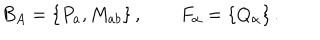
B _ { A } = \{ P _ { a } , M _ { a b } \} \, , \qquad F _ { \alpha } = \{ Q _ { \alpha } \} \, .